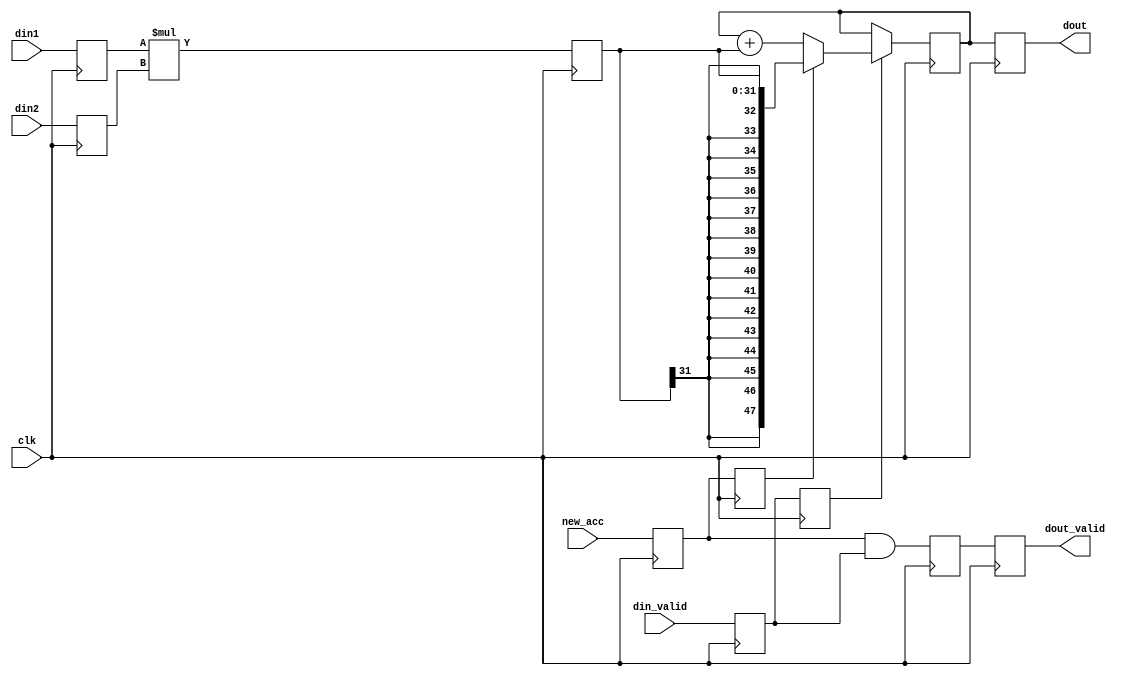
`default_nettype none

/*
*   
*   25x18 multiplier that then goes into an 48 accumulator
*   The code is wrote to infer a dsp48e2
*
*   The new acc should be 1 at the first sample of the new accumulation frame,
*   and after two cycles the output of the previous frame will be out with the 
*   dout_valid signal at 1
*/


module dsp48_macc #(
    parameter DIN1_WIDTH = 16,
    parameter DIN2_WIDTH = 16,
    parameter DOUT_WIDTH = 48
)(
    input wire clk,
    input wire new_acc,

    input wire signed [DIN1_WIDTH-1:0] din1,
    input wire signed [DIN2_WIDTH-1:0] din2,
    input wire din_valid,

    output wire signed [DOUT_WIDTH-1:0] dout,
    output wire dout_valid
);

reg signed [DIN1_WIDTH-1:0]  pre_mult1=0;
reg signed [DIN2_WIDTH-1:0]  pre_mult2=0;
reg din_valid_r=0, new_acc_r=0;
always@(posedge clk)begin
    din_valid_r <= din_valid;
    pre_mult1 <= din1;
    pre_mult2 <= din2;
    new_acc_r <= new_acc;
end

//mult 
parameter MULT_WIDTH = DIN1_WIDTH+DIN2_WIDTH;
reg signed [MULT_WIDTH-1:0] mult=0;
reg mult_valid=0, new_acc_rr=0;
always@(posedge clk)begin
    mult <= $signed(pre_mult1)*$signed(pre_mult2);
    mult_valid <= din_valid_r;
    new_acc_rr<= new_acc_r;
end

//accumulator
//saturate??
reg signed [DOUT_WIDTH-1:0] acc=0;
always@(posedge clk)begin
    if(mult_valid)begin
        if(new_acc_rr)
            acc <= $signed(mult);
        else
            acc <= $signed(acc)+$signed(mult);
    end
end

reg dout_valid_r=0;
reg dout_valid_rr=0;
reg [DOUT_WIDTH-1:0] dout_r=0;
always@(posedge clk)begin
    dout_valid_r <= new_acc_r & din_valid_r;
    dout_valid_rr <= dout_valid_r;
    dout_r <= acc;
end

assign dout_valid = dout_valid_rr;
assign dout = dout_r;




endmodule